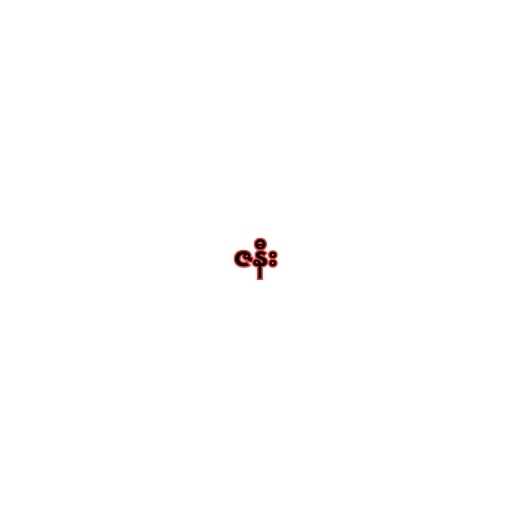
ဇနီး